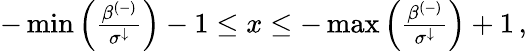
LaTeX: \begin{array}{r}{-\operatorname*{min}\left(\frac{\beta^{(-)}}{\sigma^{\downarrow}}\right)-1\leq x\leq-\operatorname*{max}\left(\frac{\beta^{(-)}}{\sigma^{\downarrow}}\right)+1\, ,}\end{array}